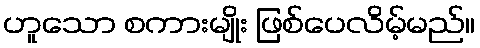
ဟူသော စကားမျိုး ဖြစ်ပေလိမ့်မည်။